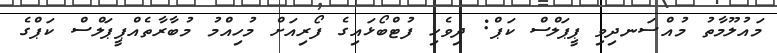
މައުލޫމާތު މުއްސަނދިވި ޕީޕަލްސް ކަޕް: ދިވެހި ފުޓްބޯޅައިގެ ފޯރިއަށް މުހިއްމު މުބާރާތެއްޕީޕަލްސް ކަޕްގެ